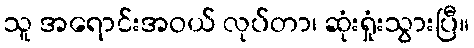
သူ အရောင်းအဝယ် လုပ်တာ၊ ဆုံးရှုံးသွားပြီ။